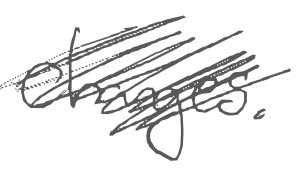
Text: changes.
Cross-out: scratch
Writing tool: digital_gray